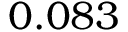
0 . 0 8 3